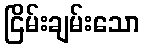
ငြိမ်းချမ်းသော